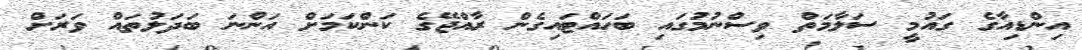
އިންޑިއާގެ ގައުމީ ސަލާމަތް ވިސްނުމުގައި ބަހައްޓައިގެން ރާއްޖޭގެ ކަންކަމަށް އަންނަ ބަދަލުތައް ވަރަށް